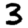
Digit: 3